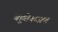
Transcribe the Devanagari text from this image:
बहुतेकजण